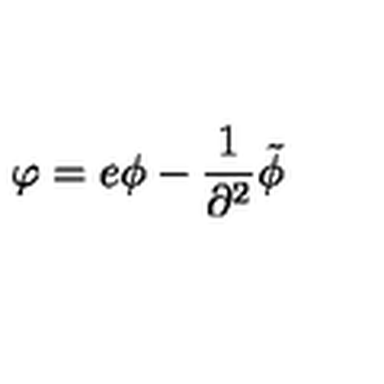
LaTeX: \varphi = e \phi - { \frac { 1 } { \partial ^ { 2 } } } \tilde { \phi }